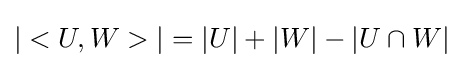
|<U,W>|=|U|+|W|-|U\cap W|